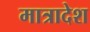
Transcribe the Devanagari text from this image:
मात्रादेश